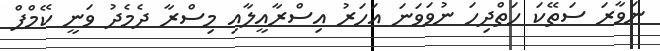
ނަވާރަ ސަތޭކަ ހަތްދިހަ ނުވަވަނަ އަހަރު އިސްރާއީލާއި މިސްރާ ދެމެދު ވަނީ ކޭމްޕް